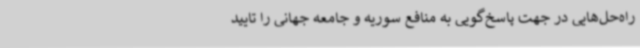
راه‌حل‌هایی در جهت پاسخ‌گویی به منافع سوریه و جامعه جهانی را تایید